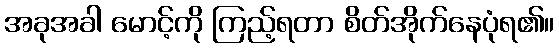
အခုအခါ မောင့်ကို ကြည့်ရတာ စိတ်အိုက်နေပုံရ၏။